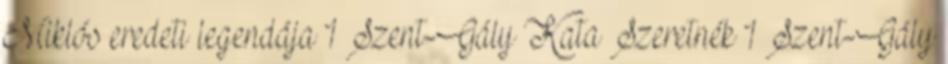
Miklós eredeti legendája 1 Szent-Gály Kata Szeretnék 1 Szent-Gály